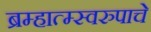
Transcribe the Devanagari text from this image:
ब्रम्हात्म्स्वरुपाचे